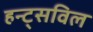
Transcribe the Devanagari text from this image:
हन्ट्सविल